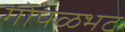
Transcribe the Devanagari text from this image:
गोपळभट